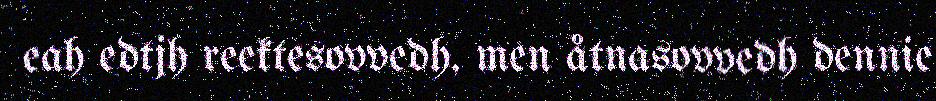
eah edtjh reektesovvedh, men åtnasovvedh dennie